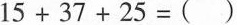
15+37+25=()